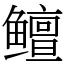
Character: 鳣